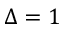
\Delta = 1